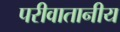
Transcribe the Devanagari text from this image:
परीवातानीय